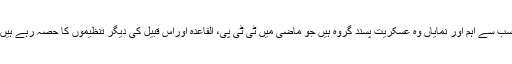
سب سے اہم اور نمایاں وہ عسکریت پسند گروہ ہیں جو ماضی میں ٹی ٹی پی، القاعدہ اوراس قبیل کی دیگر تنظیموں کا حصہ رہے ہیں۔